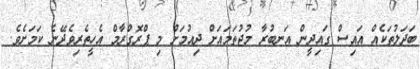
ބަދަލުތަކެއް އައިސް ގައިދީން އަނބުރާ މުޖުތަމައަށް ދިއުމަށް މި ޕްރޮގްރާމް އެހީތެރިވެދޭނެ ކަމަށެވެ.